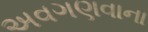
અવગણવાના